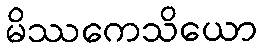
မိဿကေသိယော